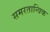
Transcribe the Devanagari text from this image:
समरतान्त्रिक